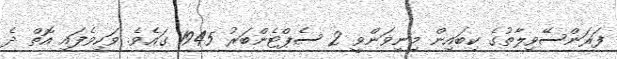
ފަރަންސޭވިލާތުގެ ކިބައިން މިނިވަންވީ 2 ސެޕްޓެންބަރު 1945 ގައެވެ. ވަކިވެފައި އޮތް ދެ